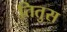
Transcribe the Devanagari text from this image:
तितुस